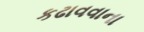
કઢાવવાના